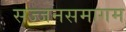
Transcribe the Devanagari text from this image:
सज्जनसमागम